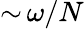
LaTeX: {\sim}\, \omega/N